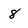
Character: 8